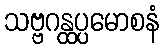
သဗ္ဗဂန္ထပ္ပမောစနံ